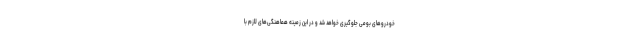
خودروهای بومی جلوگیری خواهد شد و در این زمینه هماهنگی‌های لازم با